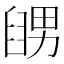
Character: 𦦊